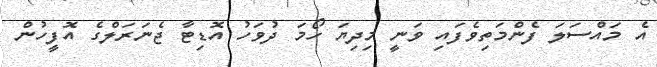
އެ މައްސަލަ ފެންމަތިވެފައި ވަނީ މިދިޔަ ހޯމަ ދުވަހު އޮޑިޓާ ޖެނަރަލްގެ އޮފީހުން